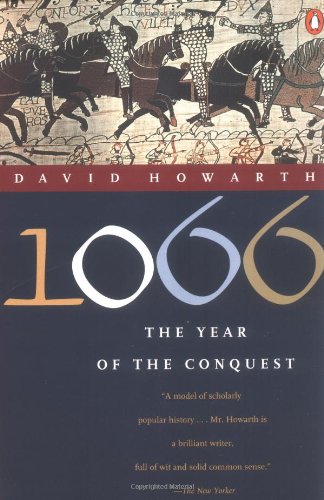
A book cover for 1066: The Year of the Conquest; David Howarth; History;